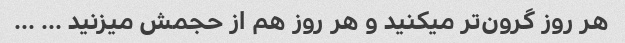
هر روز گرون‌تر میکنید و هر روز هم از حجمش میزنید … …